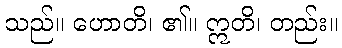
သည်။ ဟောတိ၊ ၏။ ဣတိ၊ တည်း။